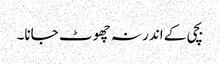
بچی کے اندر نہ چھوٹ جانا۔